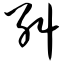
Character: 纠